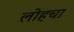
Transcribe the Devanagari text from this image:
लोहचा